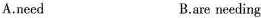
A.need B.are needing